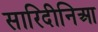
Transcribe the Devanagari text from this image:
सारिदीनिआ